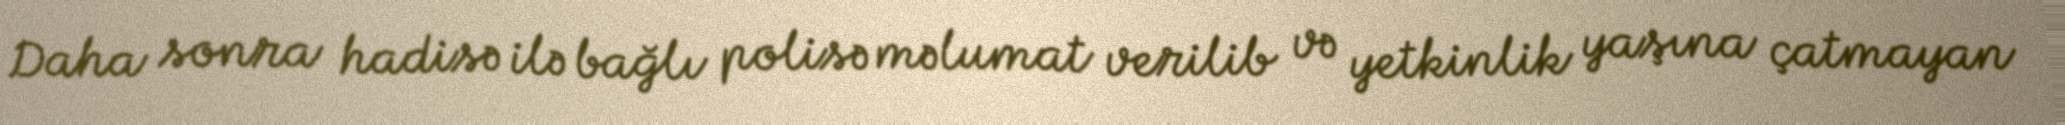
Daha sonra hadisə ilə bağlı polisə məlumat verilib və yetkinlik yaşına çatmayan